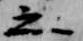
之